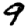
Digit: 9